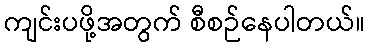
ကျင်းပဖို့အတွက် စီစဉ်နေပါတယ်။